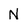
Character: N